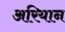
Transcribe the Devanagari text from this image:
अरियान